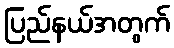
ပြည်နယ်အတွက်